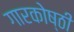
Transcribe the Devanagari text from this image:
गारकोष्ठी